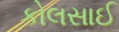
કોલસાઈ